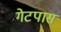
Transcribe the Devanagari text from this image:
गेटपास